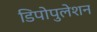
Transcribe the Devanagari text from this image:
डिपोपुलेशन